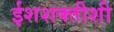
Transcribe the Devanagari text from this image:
ईशशक्तीशी